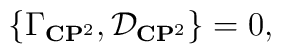
\{{\Gamma}_{{\bf C}{\bf P}^2},{\cal D}_{{\bf C}{\bf P}^2}\}=0,